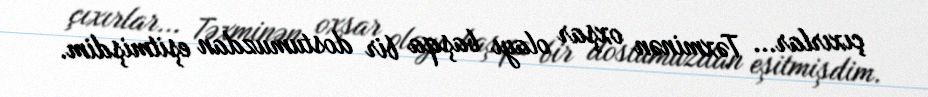
çıxırlar... Təxminən oxşar olayı başqa bir dostumuzdan eşitmişdim.